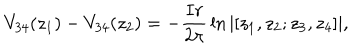
V _ { 3 4 } ( z _ { 1 } ) - V _ { 3 4 } ( z _ { 2 } ) = - { \frac { I r } { 2 \pi } } \ln | [ z _ { 1 } , z _ { 2 } ; z _ { 3 } , z _ { 4 } ] | ,